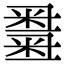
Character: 𥻫